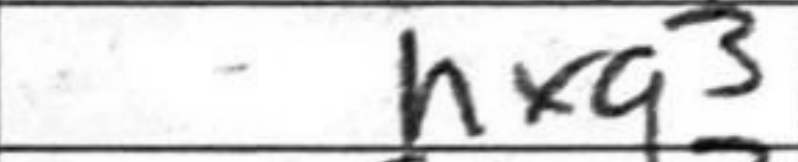
Transcription: hxg3